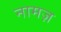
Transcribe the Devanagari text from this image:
नामज़